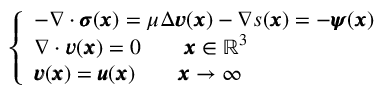
\left\{ \begin{array} { l l } { - \nabla \cdot { \pmb \sigma } ( { \pmb x } ) = \mu \Delta { \pmb v } ( { \pmb x } ) - \nabla s ( { \pmb x } ) = - { \pmb \psi } ( { \pmb x } ) } \\ { \nabla \cdot { \pmb v } ( { \pmb x } ) = 0 \qquad { \pmb x } \in \mathbb { R } ^ { 3 } } \\ { { \pmb v } ( { \pmb x } ) = { \pmb u } ( { \pmb x } ) \qquad { \pmb x } \rightarrow \infty } \end{array} \right.